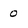
Character: 0